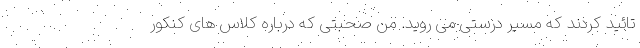
تائید کردند که مسیر درستی می روید. من صحبتی که درباره کلاس های کنکور